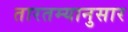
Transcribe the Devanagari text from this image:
तारतम्यानुसार